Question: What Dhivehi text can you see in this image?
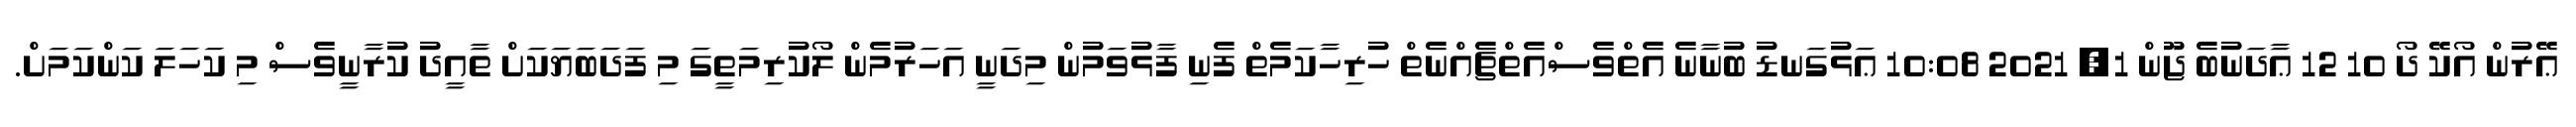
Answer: ޢޭރުން އޯކޭ ދޯ 10 12 ޢާދަނުބެ ޖޫން 1, 2021 10:08 ޢަޅުގަނޑު ބުނާނެ އެތްވެސްއެތްޗެއްނެތް ހުރިހާކަމެތް ފެނި ފާޅުވަމުން މިދަނީ އަހަރުމެން ލޯކުރިމަތީގަ މި ފަދަބަޔަކަށް ތާއީދު ކުރާނީވެސް މި ކަހަލަ ކަންކަމަށް.